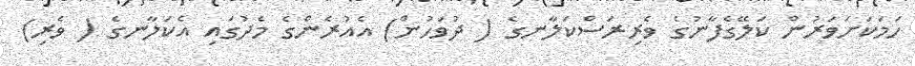
ހަމަކަށަވަރުން ކަލޭގެފާނުގެ ވެރިރަސްކަލާނގެ ( ދުވަހުން) އެއުރެންގެ މެދުގައި އެކަލާނގެ ( ވެރި)